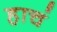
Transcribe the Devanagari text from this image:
हाचं